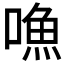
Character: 𠽐